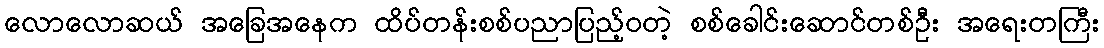
လောလောဆယ် အခြေအနေက ထိပ်တန်းစစ်ပညာပြည့်ဝတဲ့ စစ်ခေါင်းဆောင်တစ်ဦး အရေးတကြီး